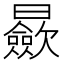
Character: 𣌋